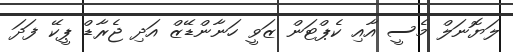
ލަޔޮނަލް މެސީ އާއި ކެޕްޓަން ޒަވީ ހަނާންޑޭޒް އަދި ޖެރާޑް ޕީކޭ ފަދަ